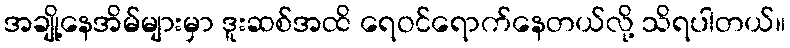
အချို့နေအိမ်များမှာ ဒူးဆစ်အထိ ရေဝင်ရောက်နေတယ်လို့ သိရပါတယ်။